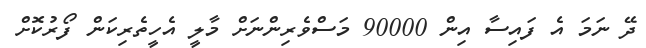
ދޭ ނަމަ އެ ފައިސާ އިން 90000 މަސްވެރިންނަށް މާލީ އެހީތެރިކަން ފޯރުކޮށް